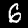
Label: 6